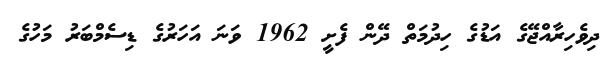
ދިވެހިރާއްޖޭގެ އަޑުގެ ހިދުމަތް ދޭން ފެށީ 1962 ވަނަ އަހަރުގެ ޑިސެމްބަރު މަހުގެ